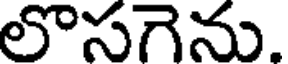
లొసగెను.